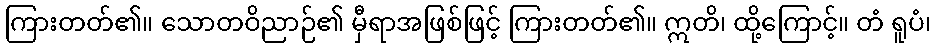
ကြားတတ်၏။ သောတဝိညာဉ်၏ မှီရာအဖြစ်ဖြင့် ကြားတတ်၏။ ဣတိ၊ ထို့ကြောင့်။ တံ ရူပံ၊